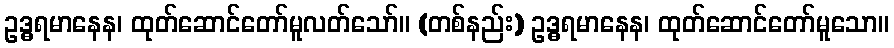
ဥဒ္ဓရမာနေန၊ ထုတ်ဆောင်တော်မူလတ်သော်။ (တစ်နည်း) ဥဒ္ဓရမာနေန၊ ထုတ်ဆောင်တော်မူသော။